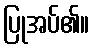
ပြုအပ်၏။